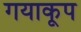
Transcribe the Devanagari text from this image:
गयाकूप